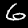
Label: 6